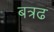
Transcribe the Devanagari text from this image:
बत्रढ